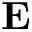
\bf { E }